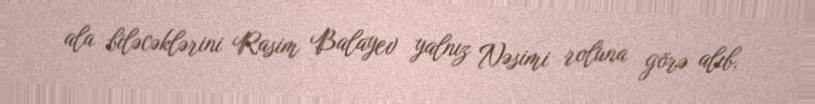
ala biləcəklərini Rasim Balayev yalnız Nəsimi roluna görə alıb.